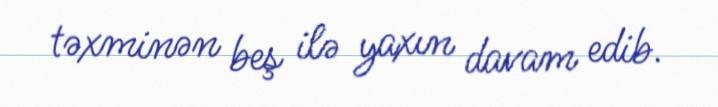
təxminən beş ilə yaxın davam edib.